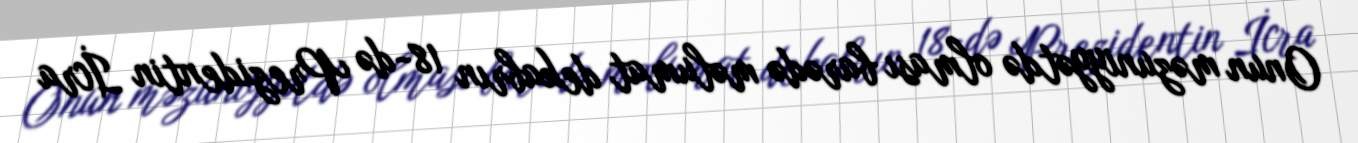
Onun məzuniyyətdə olması barədə məlumat dekabrın 18-də Prezidentin İcra